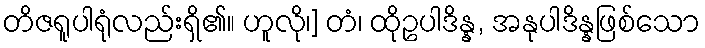
တိဇရူပါရုံလည်းရှိ၏။ ဟူလို၊] တံ၊ ထိုဥပါဒိန္န, အနုပါဒိန္နဖြစ်သော